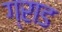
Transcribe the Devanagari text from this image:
ग्राड